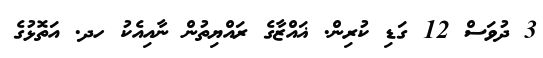
3 ދުވަސް 12 ގަޑި ކުރިން. ޣައްޒާގެ ރައްޔިތުން ނާއިއެކު ހދ. އަތޮޅުގެ